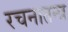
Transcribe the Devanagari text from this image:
रचनातन्त्र